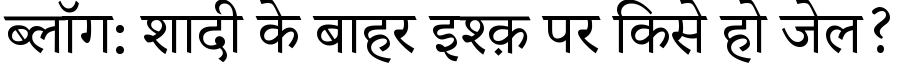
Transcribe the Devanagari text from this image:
ब्लॉग: शादी के बाहर इश्क़ पर किसे हो जेल?